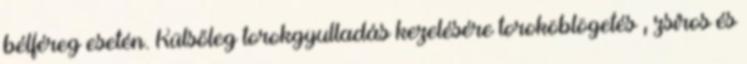
bélféreg esetén. Külsőleg torokgyulladás kezelésére toroköblögetés , zsíros és